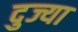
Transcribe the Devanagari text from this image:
दुज्या